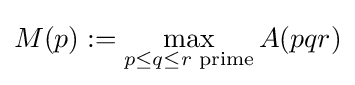
M(p):=\max \limits _{p\leq q\leq r{\text{ prime}}}A(pqr)